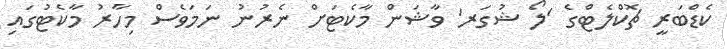
ކެޑްބަރީ ޗޮކްލެޓްގެ 'ލޯ ޝުގަރ' ވާޝަން މާކެޓަށް ނެރުނު ނަމަވެސް މިހާރު މާކެޓުގައި